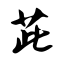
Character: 茈